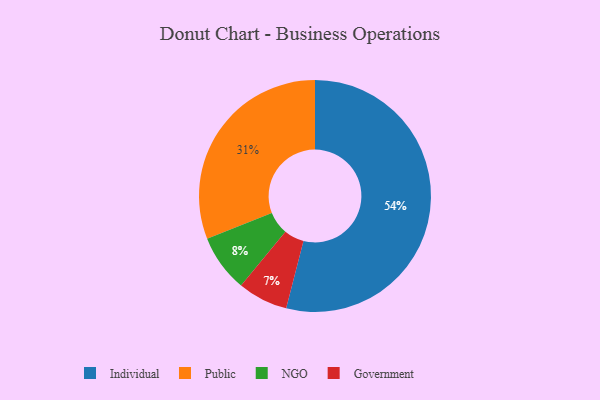
{"axis": {"x": "Category", "y": "Percentage"}, "legend": ["Government", "Individual", "NGO", "Public"], "data": [{"x": "Individual", "y": 54, "type": "Individual"}, {"x": "NGO", "y": 8, "type": "NGO"}, {"x": "Government", "y": 7, "type": "Government"}, {"x": "Public", "y": 31, "type": "Public"}]}